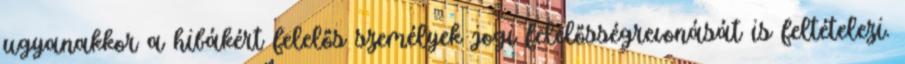
ugyanakkor a hibákért felelős személyek jogi felelősségrevonását is feltételezi.